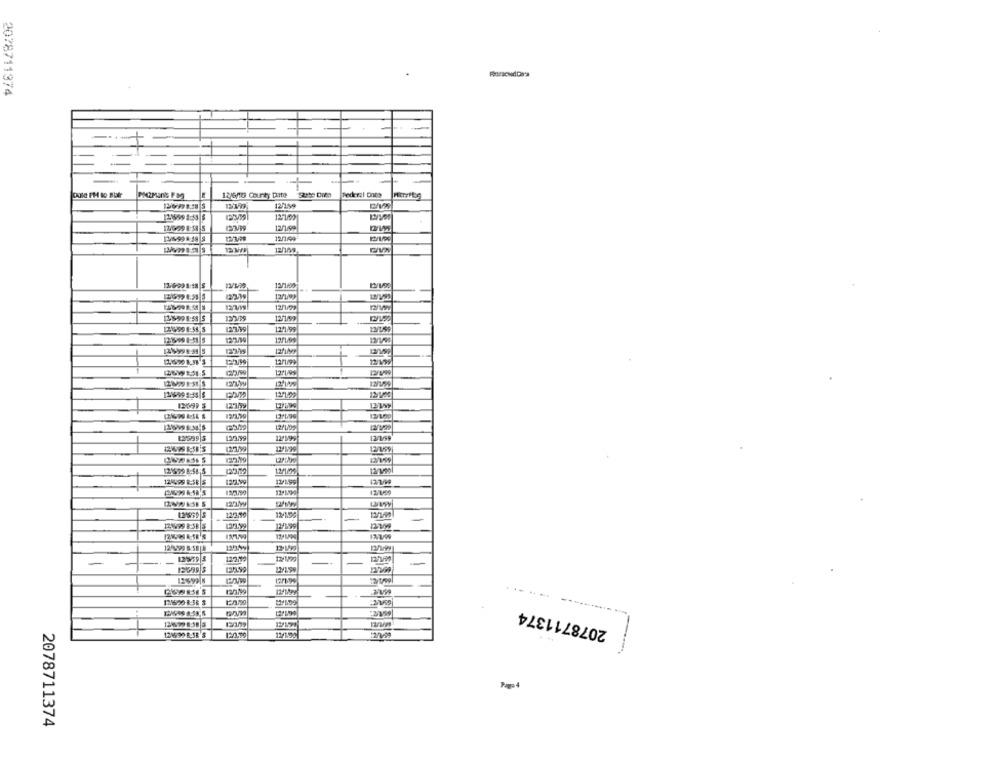
2078711374
12/6/16 Courty tanto
Federal Dnes
12/199
12/699 8:58 S
123/99
12/1/99
12/1199
13/1/00
12/1/29
121999 9-59 5
123.99
17/199
1235
12/1/99
12ANS
ALZI
12699 5
1
12/599|5
17/199
-
123.79
121939 8:58.5
12/100
12/1/99
124699 8:58 |5
12.159
1218769 5
12:2/10
12/1.99
124999 8 58|5
12.V92
-
12959|5
2078711374
...
Pap 4
2078711374